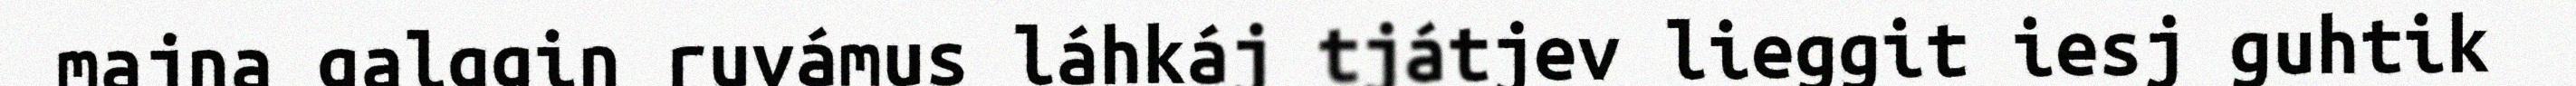
majna galggin ruvámus láhkáj tjátjev lieggit iesj guhtik